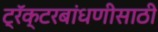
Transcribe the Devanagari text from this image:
ट्रॅक्टरबांधणीसाठी